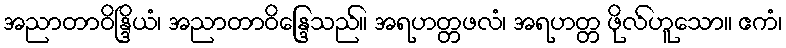
အညာတာဝိန္ဒြိယံ၊ အညာတာဝိန္ဒြေသည်။ အရဟတ္တဖလံ၊ အရဟတ္တ ဖိုလ်ဟူသော။ ဧကံ၊